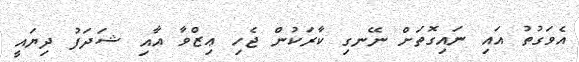
އެވަގުތު އައި ނައިގޮތަށް ނޭނގި ކާރަކުން ޖެހި ޢިޒްވާ އާއި ޝަދަފު ދިޔައީ